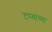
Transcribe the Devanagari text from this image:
टप्प्यांच्या